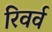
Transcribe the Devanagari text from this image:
रिवर्व